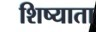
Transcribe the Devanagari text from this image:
शिष्याता